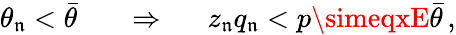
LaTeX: \theta_{\mathfrak{n}}<\bar{{\theta}}\; \; \; \; \; \; \Rightarrow\; \; \; \; \; z_{\mathfrak{n}}q_{\mathfrak{n}}<p\simeqxE\bar{{\theta}}\, ,